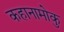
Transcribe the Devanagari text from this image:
कहानामोकु